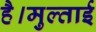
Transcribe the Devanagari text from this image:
है।मुल्ताई